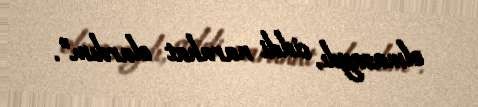
olmasaydı, ciddi narahat olardım”.